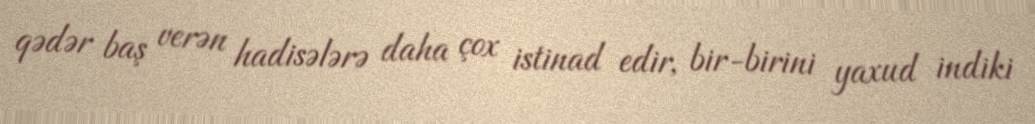
qədər baş verən hadisələrə daha çox istinad edir, bir-birini yaxud indiki